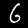
Digit: 6